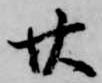
廿